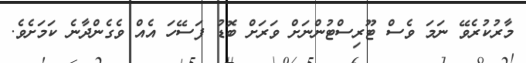
މާރުކުރެވޭ ނަމަ ވެސް ޓޫރިސްޓުންނަށް ވަރަށް ބޮޑު ފަސޭހަ އެއް ވެގެންދާނެ ކަމަށެވެ.